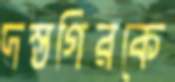
দস্তগিরকে